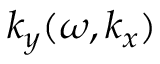
k _ { y } ( \omega , k _ { x } )